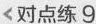
<对点练9